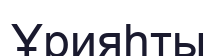
Ұрияһты